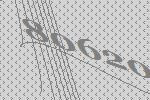
80620